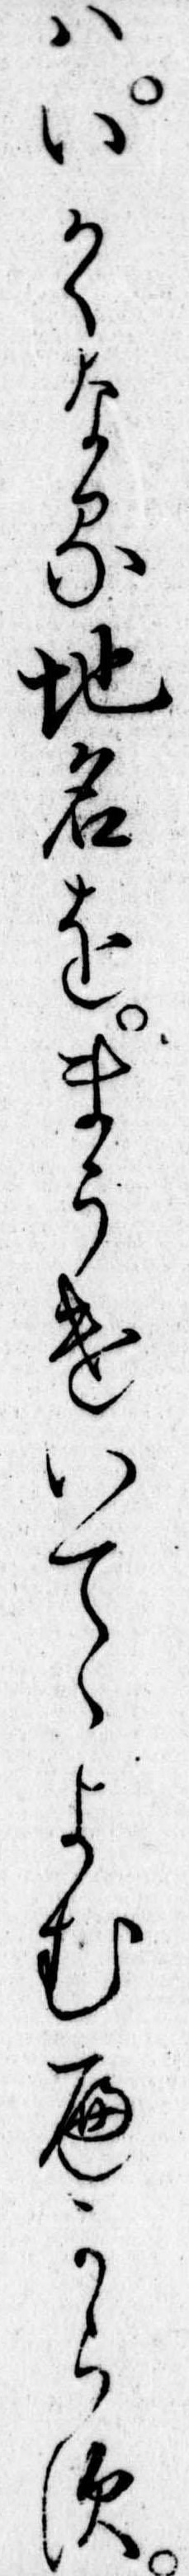
はいかゝなる地名をまうけいてよむへからす